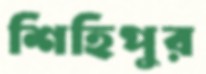
শিহিপুর